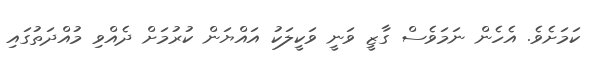
ކަމަށެވެ. އެހެން ނަމަވެސް ގާޒީ ވަނީ ވަކީލަކު އައްޔަން ކުރުމަށް ދެއްވި މުއްދަތުގައި